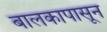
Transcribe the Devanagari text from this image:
बालकापासून